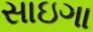
સાઇગા